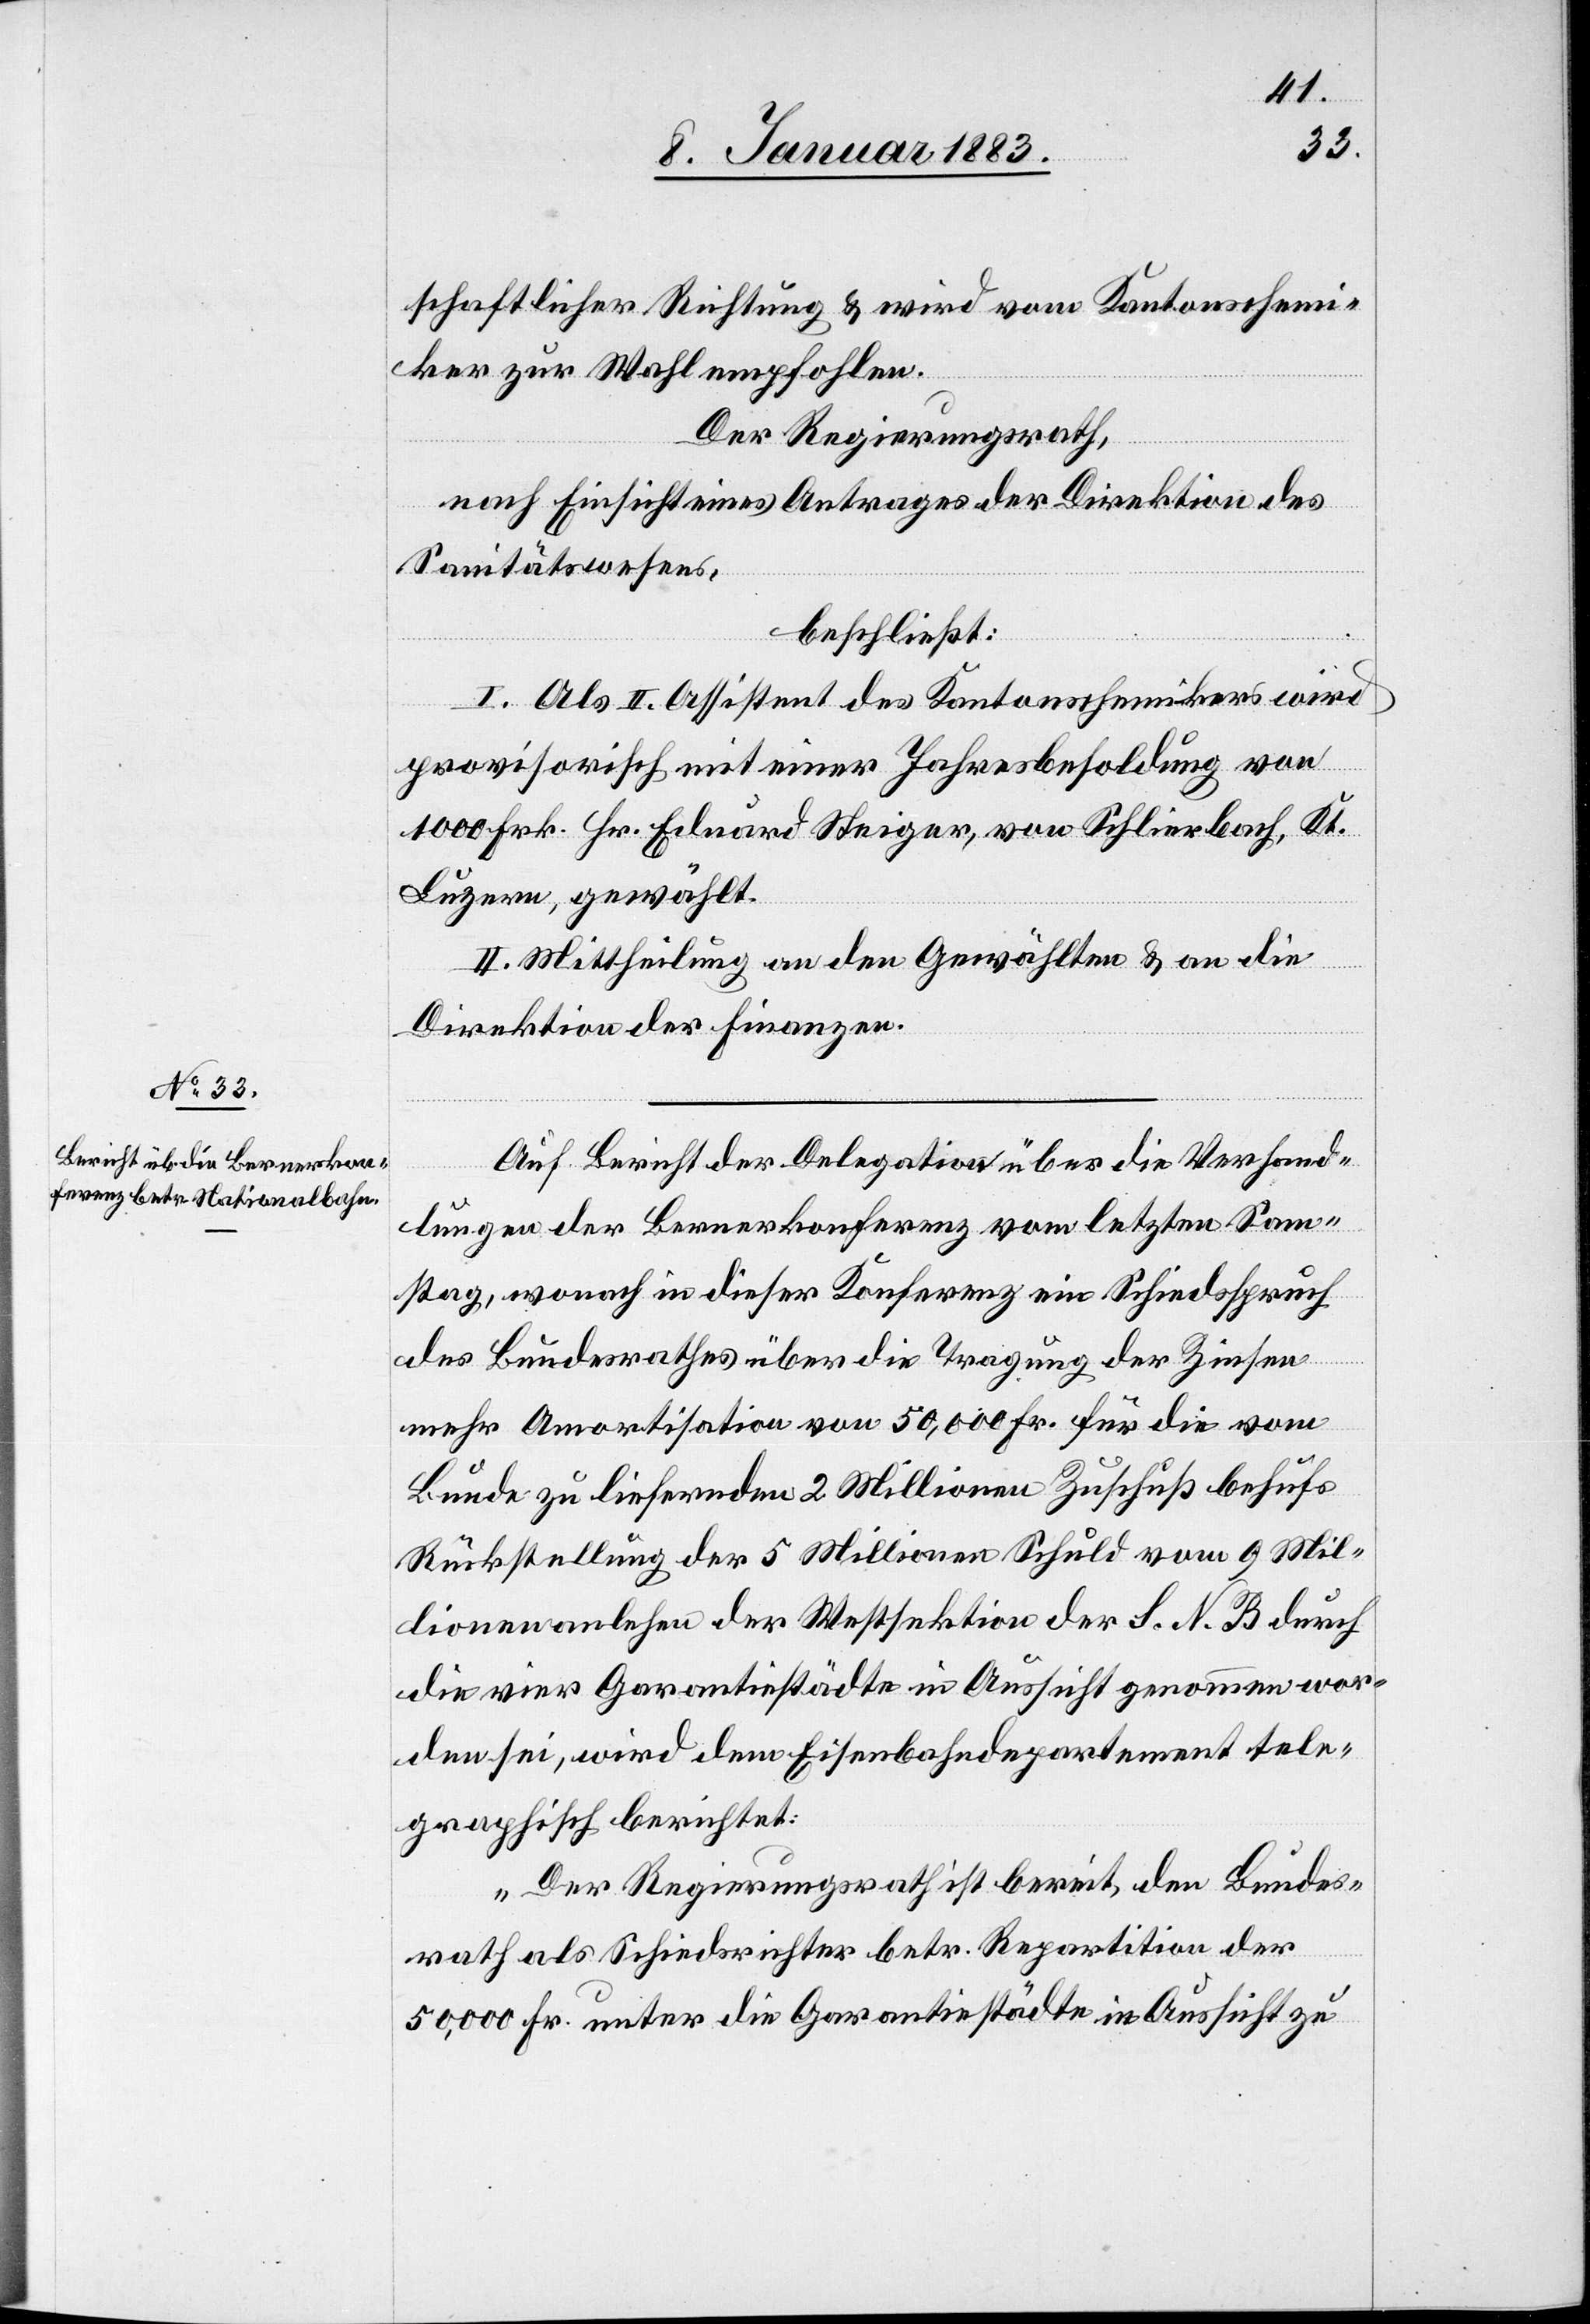
schaftlicher Richtung & wird vom Kantonschemi¬
ker zur Wahl empfohlen.
Der Regierungsrath,
nach Einsicht eines Antrages der Direktion des
Sanitätswesens,
beschließt:
I. Als II. Assistent des Kantonschemikers wird
provisorisch mit einer Jahresbesoldung von
1000 Fr. Hr. Eduard Steiger, von Schlierbach, Kt.
Luzern, gewählt.
II. Mittheilung an den Gewählten & an die
Direktion der Finanzen.
Auf Bericht der Delegation über die Verhand¬
lungen der Bernerkonferenz vom letzten Son¬
ntag, wonach in dieser Konferenz ein Schiedsspruch
des Bundesrathes über die Tragung der Zinsen
mehr Amortisation von 50,000 Fr. für die vom
Bunde zu liefernden 2 Millionen Zuschuß behufs
Rückstellung der 5 Millionen Schuld vom 9 Mil¬
lionenanlehen der Westsektion der S. N. B. durch
die vier Garantiestädte in Aussicht genommen wor¬
den sei, wird dem Eisenbahndepartement tele¬
graphisch berichtet:
„Der Regierungsrath ist bereit, den Bundes¬
rath als Schiedsrichter betr. Repartition der
50,000 Fr. unter die Garantiestädte in Aussicht zu